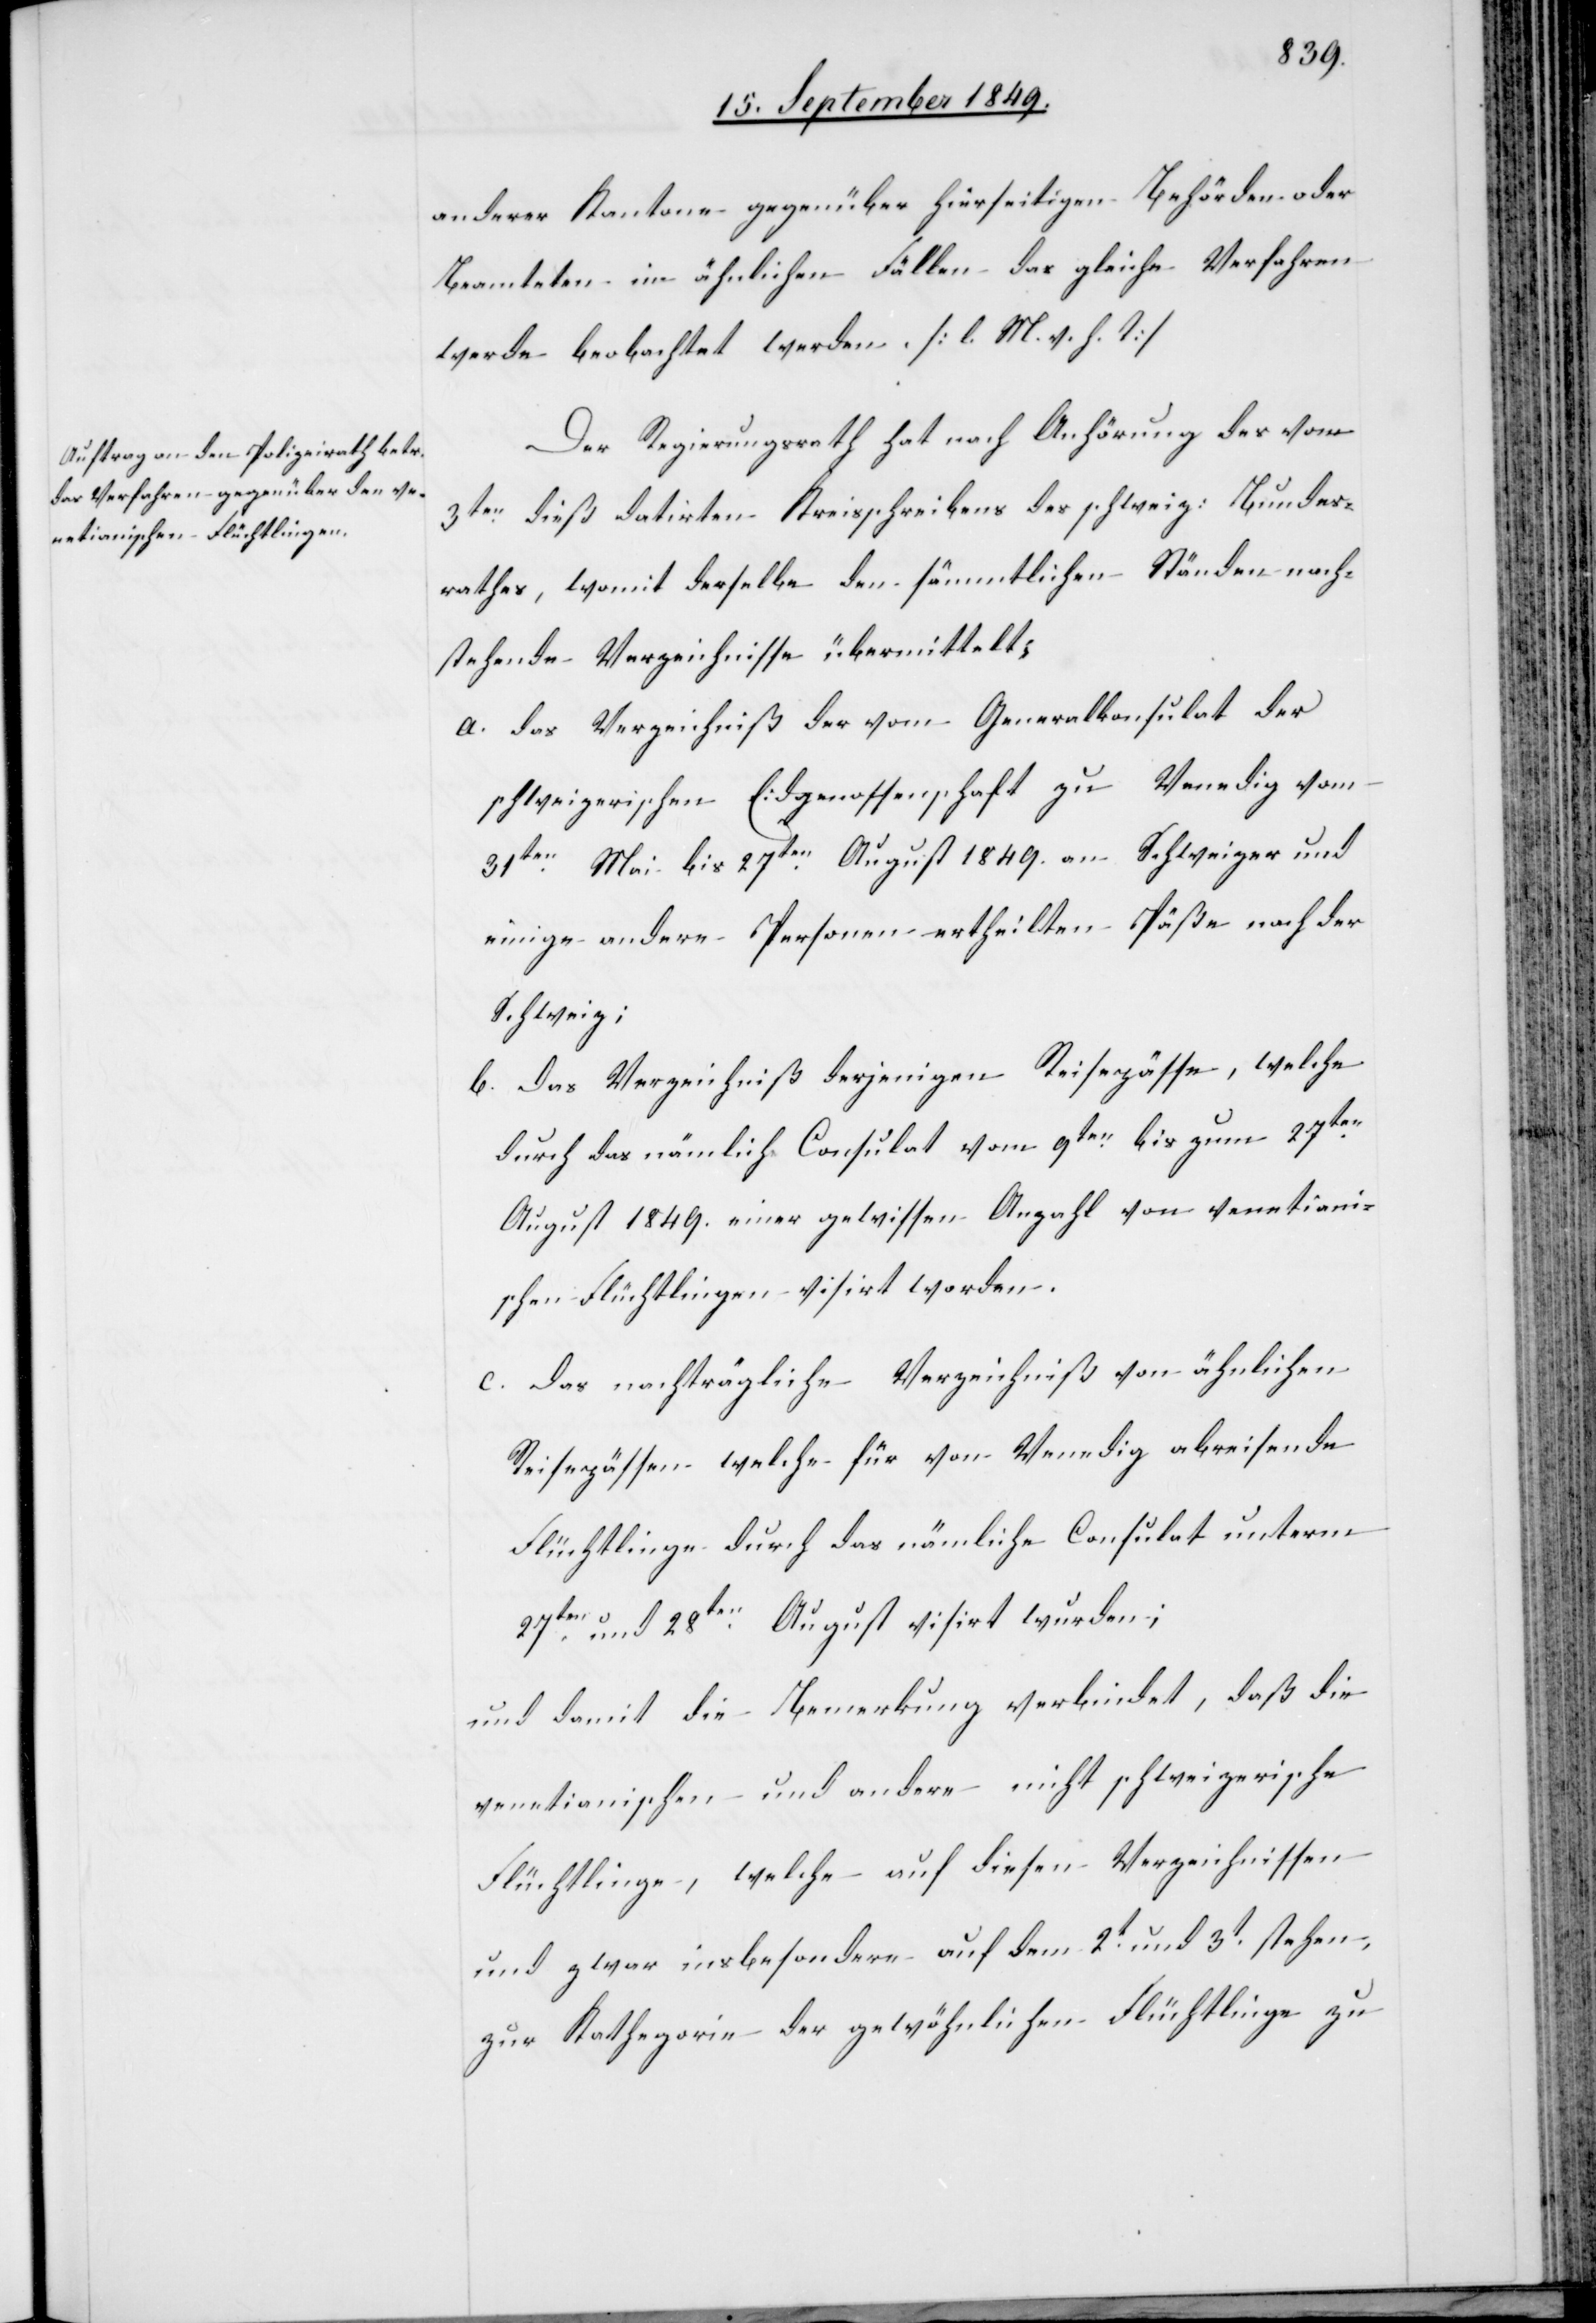
anderer Kantone gegenüber hierseitigen Behörden oder
Beamteten in ähnlichen Fällen das gleiche Verfahren
werde beobachtet werden. [l. M. v. h. T]
Der Regierungsrath hat nach Anhörung des vom
3ten dieß datirten Kreisschreibens des schweiz. Bundes¬
rathes, womit derselbe den sämmtlichen Ständen nach¬
stehende Verzeichnisse übermittelt;
a. das Verzeichniß der vom Generalkonsulat der
schweizerischen Eidgenossenschaft zu Venedig vom
31ten Mai bis 27ten August 1849. an Schweizer und
einige andere Personen ertheilten Päße nach der
Schweiz;
b. das Verzeichniß derjenigen Reispässe, welche
durch das nämliche Consulat vom 9ten bis zum 27ten
August 1849. einer gewissen Anzahl von venetiani¬
schen Flüchtlingen visirt worden.
c. das nachträgliche Verzeichniß von ähnlichen
Reisepässen welche für von Venedig abreisende
Flüchtlinge durch das nämliche Consulat unterm
27ten und 28ten August visirt wurden;
und damit die Bemerkung verbindet, daß die
venetianischen und andere nicht schweizerische
Flüchtlinge, welche auf diesen Verzeichnissen
und zwar insbesondere auf dem 2t und 3t stehen,
zur Kathegorie der gewöhnlichen Flüchtlinge zu